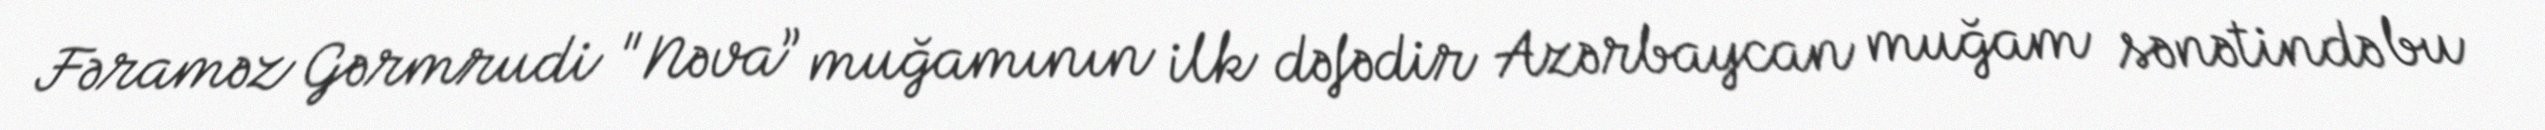
Fəraməz Gərmrudi "Nəva” muğamının ilk dəfədir Azərbaycan muğam sənətində bu